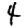
Digit: 4